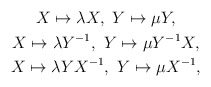
\begin{align*}\begin{gathered}X \mapsto \lambda X, \ Y \mapsto \mu Y, \\X \mapsto \lambda Y^{-1}, \ Y \mapsto \mu Y^{-1}X, \\X \mapsto \lambda YX^{-1}, \ Y \mapsto \mu X^{-1},\end{gathered}\end{align*}